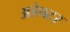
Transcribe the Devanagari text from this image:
अडेपटर